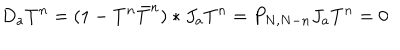
D _ { a } T ^ { n } = ( 1 - T ^ { n } \bar { T } ^ { n } ) * J _ { a } T ^ { n } = P _ { N , N - n } J _ { a } T ^ { n } = 0